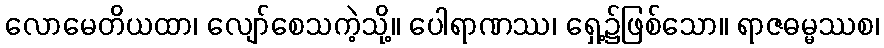
လောမေတိယထာ၊ လျော်စေသကဲ့သို့။ ပေါရာဏဿ၊ ရှေ့၌ဖြစ်သော။ ရာဇဓမ္မဿစ၊